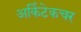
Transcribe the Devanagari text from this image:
अर्किटेकचर